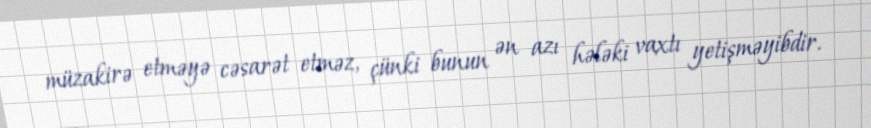
müzakirə etməyə cəsarət etməz, çünki bunun ən azı hələki vaxtı yetişməyibdir.